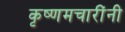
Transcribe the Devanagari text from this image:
कृष्णमचारींनी